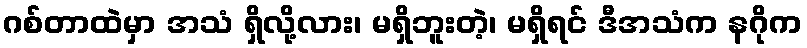
ဂစ်တာထဲမှာ အသံ ရှိလို့လား၊ မရှိဘူးတဲ့၊ မရှိရင် ဒီအသံက နဂိုက